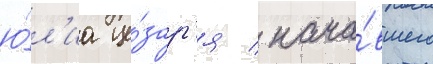
ю́л'иа це́зар'я / нача́вшего